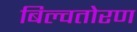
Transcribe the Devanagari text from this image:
बिल्वतोरण